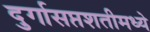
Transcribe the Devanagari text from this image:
दुर्गासप्तशतीमध्ये